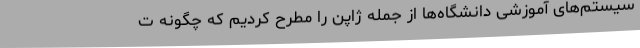
سیستم‌های آموزشی دانشگاه‌ها از جمله ژاپن را مطرح کردیم که چگونه ت